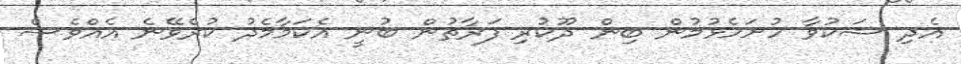
އެދި ޝަކުވާ ހުށަހެޅުމުން ބިން ދޫކުރި ފަރާތުން ބުނީ އެކަމާމެދު ކުރެވޭނެ އެއްވެސް